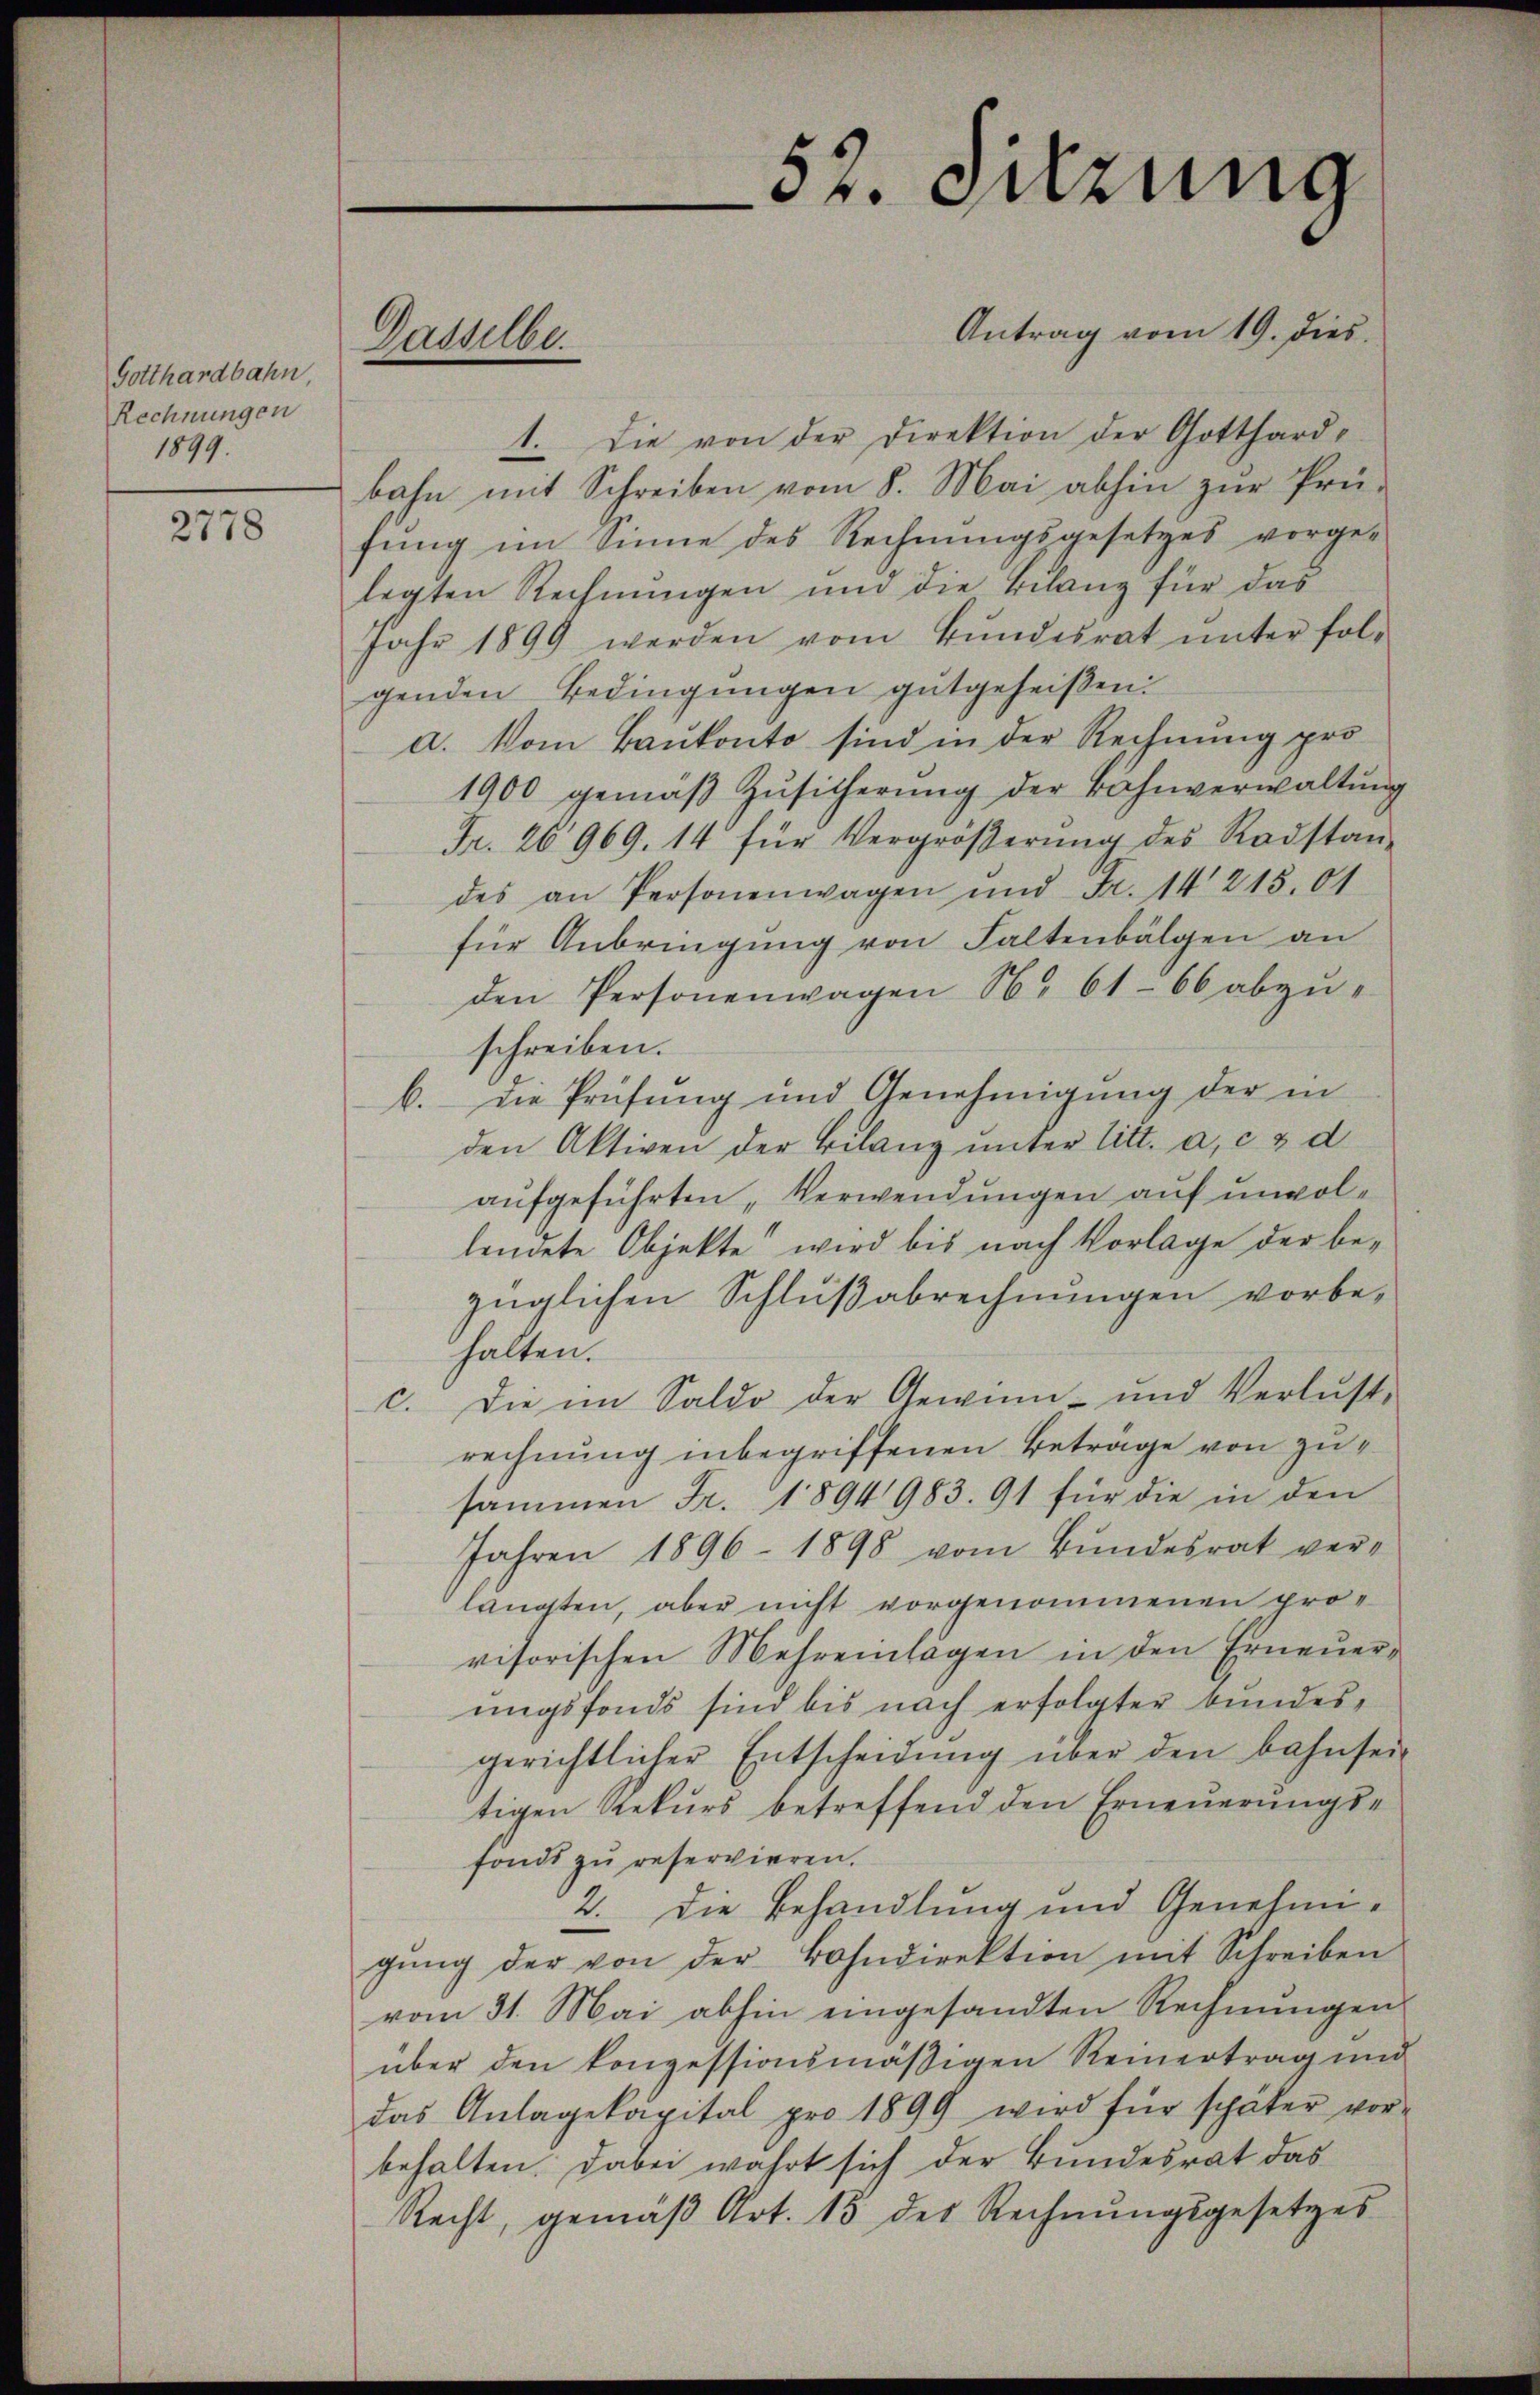
Gotthardbahn,
Rechnungen
1899.

2778

Dasselbe.

52. Sitzung

Antrag vom 19. dies
1. Die von der Direktion der Gotthard-
bahn mit Schreiben vom 8. Mai abhin zur Prü-
fung im Sinne des Rechnungsgesetzes vorge-
legten Rechnŭngen und die Bilanz für das
Jahr 1899 werden vom Bŭndesrat ŭnter fol-
genden Bedingungen gutgeheißen.
a. Vom Baukonto sind in der Rechnung pro
1900 gemäβ Zŭsicherŭng der Bahnverwaltŭng
Fr. 26969. 14 für Vergröβerŭng des Radstan-
des an Personenwagen und Fr. 14215.01
für Anbringung von Faltenbalgen an
den Personenwagen S. 61-66 abzŭ-
schreiben.
b. die Prüfung und Genehmigŭng der in
den Aktiven der Bilanz unter litt. a, c & d
aufgeführten „Verwendungen auf unvollendete Objekte wird bis nach Vorlage der bezüglichen Schlußabrechnungen vorbehalten.
c. Die im Saldo der Gewinn- und Verlust,
rechnung inbegriffenen Betrage von zusammen Fr. 1894983. 91 für die in den
Jahren 1896 - 1898 vom Bundesrat verlangten, aber nicht vorgenommenen provisorischen Mehreinlagen in den Erneuerungsfonds sind bis nach erfolgter bundesgerichtlicher Entscheidŭng über den bahn sei-
tigen Rekurs betreffend den Erneuerung se
fonds zu reservieren.
2. Die Behandlung und Genehmigŭng der von der Bahndirektion mit Schreiben
vom 31. Mai abhin eingesandten Rechnungen
über den konzessionsmäßigen Reinertrag und
das Anlagekapital pro 1899 wird für später vor-
behalten. Dabei wahrt sich der Bundesrat das
Recht, gemäß Art. 15 des Rechnungsgesetzes